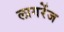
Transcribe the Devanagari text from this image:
लागरेंज